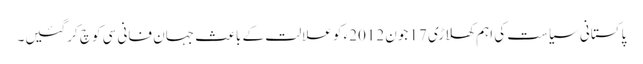
پاکستانی سیاست کی اہم کھلاڑی 17 جون 2012ء کو علالت کے باعث جہان فانی سی کوچ کرگئیں۔